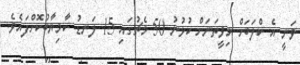
ވަނީ އެ ކްލަބަށް މިވީތަނަށް ކުޅުނު 50 މެޗުގައި 15 ލަނޑު ކާމިޔާބުކޮށްފައެވެ.